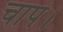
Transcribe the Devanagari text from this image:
चाप।